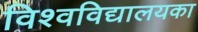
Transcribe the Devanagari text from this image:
विश्वविद्यालयका